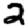
Digit: 2